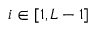
i \in [ 1 , { \cal L } - 1 ]